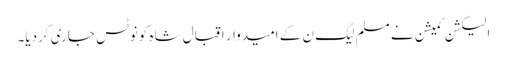
الیکشن کمیشن نے مسلم لیگ ن کے امیدوار اقبال شاہ کونوٹس جاری کردیا۔